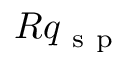
R q _ { \mathrm { ~ s ~ p ~ } }